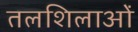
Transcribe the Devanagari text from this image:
तलशिलाओं